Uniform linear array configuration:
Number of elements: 24
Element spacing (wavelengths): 0.25
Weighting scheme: kaiser
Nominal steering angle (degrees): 15
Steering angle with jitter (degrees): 13.678
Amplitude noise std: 0.05
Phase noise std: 0.05

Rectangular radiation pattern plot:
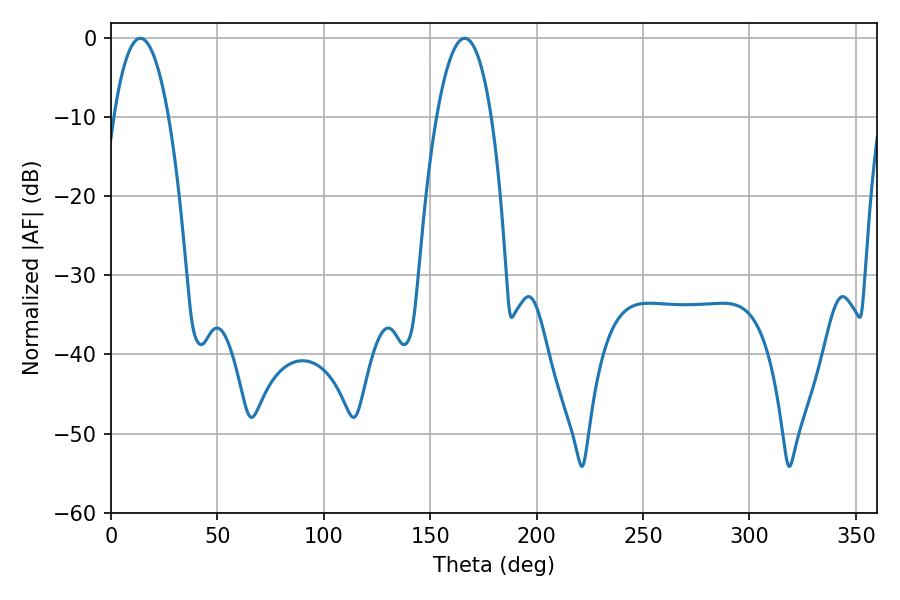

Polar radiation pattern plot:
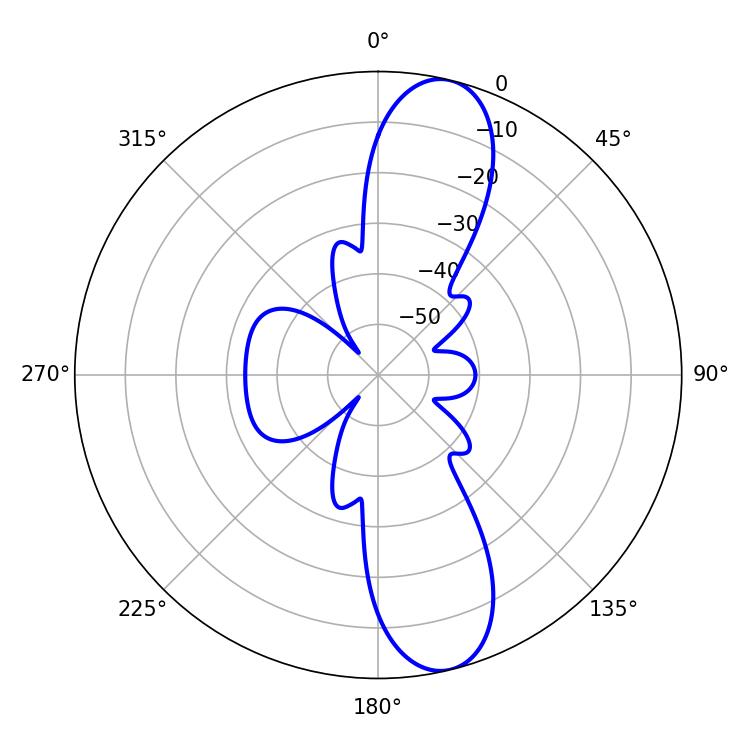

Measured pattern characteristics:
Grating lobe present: FALSE
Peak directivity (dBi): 11.95
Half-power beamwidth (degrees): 14.22
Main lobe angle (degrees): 13.86